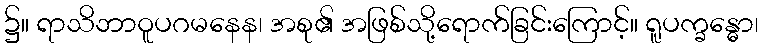
၌။ ရာသိဘာဝူပဂမနေန၊ အစု၏ အဖြစ်သို့ရောက်ခြင်းကြောင့်။ ရူပက္ခန္ဓော၊